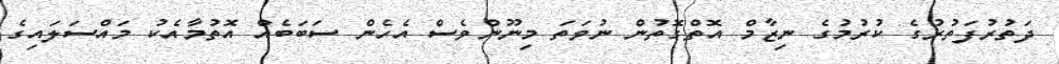
ދަތުރުފަތުރުގެ ކުރުމުގެ ނިޒާމް އޮތްގޮތުން ނުވަތަ މިނޫންވެސް އެހެން ސަބަބެއް އޮތުމާއެކު މައްސަލައިގެ